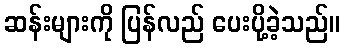
ဆန်းများကို ပြန်လည် ပေးပို့ခဲ့သည်။